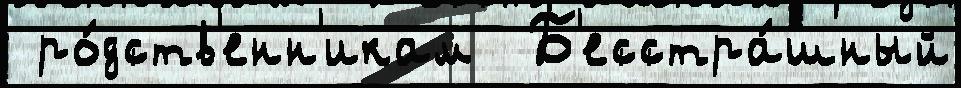
 ро́дств'енн'икам  Б'есстра́шный